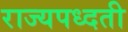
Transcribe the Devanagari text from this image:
राज्यपध्दती